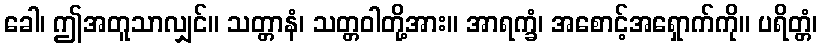
ခေါ၊ ဤအတူသာလျှင်။ သတ္တာနံ၊ သတ္တဝါတို့အား။ အာရက္ခံ၊ အစောင့်အရှောက်ကို။ ပရိတ္တံ၊